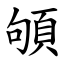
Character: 䪷